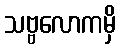
သဗ္ဗလောကမှိ